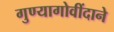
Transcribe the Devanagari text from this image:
गुण्यागोवींदाने